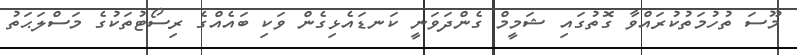
މޫސަ ތުހުމަތުކުރައްވާ ގޮތުގައި ޝަމީމް ގެންދަވަނީ ކަނޑައެޅިގެން ވަކި ބައެއްގެ ރިސޯޓުތަކުގެ މަސްލަޙަތު